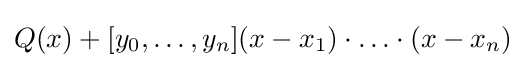
Q(x)+[y_{0},\ldots ,y_{n}](x-x_{1})\cdot \ldots \cdot (x-x_{n})